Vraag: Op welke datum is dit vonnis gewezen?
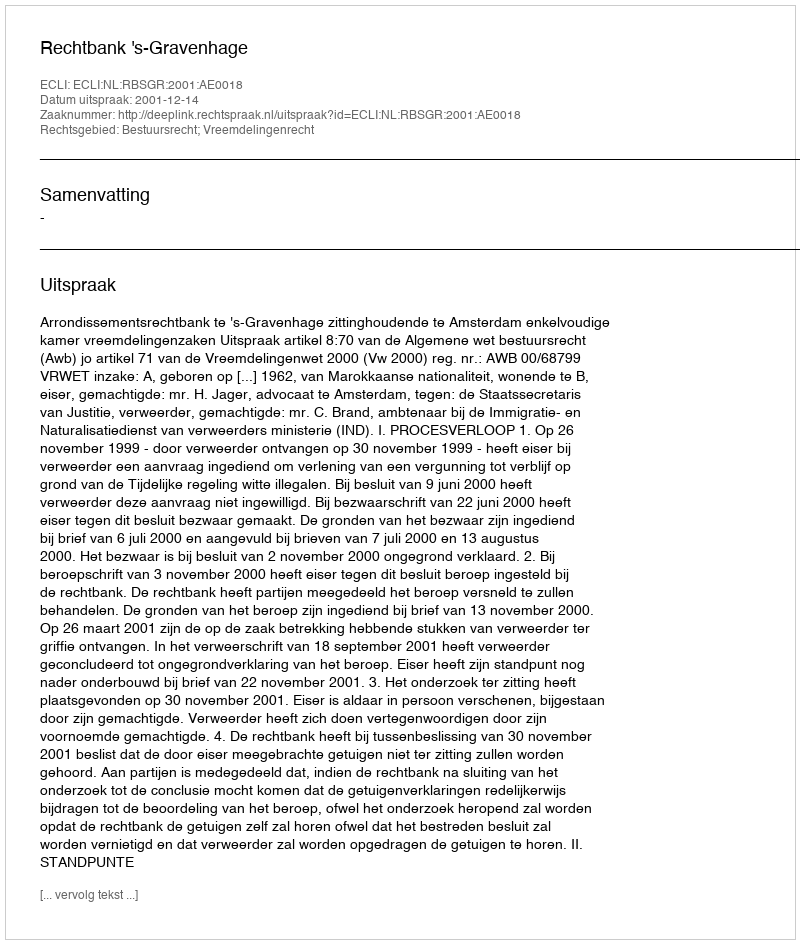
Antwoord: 2001-12-14